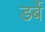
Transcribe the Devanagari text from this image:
डर्बे